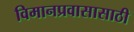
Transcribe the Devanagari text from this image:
विमानप्रवासासाठी